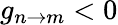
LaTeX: g_{n\rightarrow m}<0